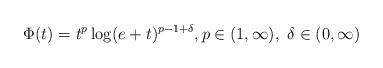
LaTeX: \begin{align*}\Phi(t) = t^p\log(e+t)^{p-1+\delta},p\in (1,\infty), \ \delta\in (0,\infty)\end{align*}